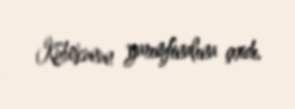
Kubokunun yarımfinalına çıxdı.